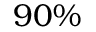
9 0 \%